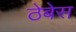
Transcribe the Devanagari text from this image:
ठेबेस